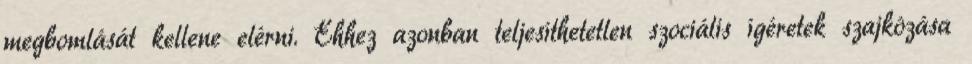
megbomlását kellene elérni. Ehhez azonban teljesíthetetlen szociális ígéretek szajkózása